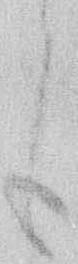
も